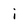
Character: i